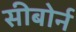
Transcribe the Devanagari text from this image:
सीबोर्न